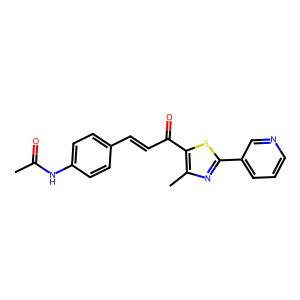
SMILES: CC(=O)Nc1ccc(C=CC(=O)c2sc(-c3cccnc3)nc2C)cc1
Inhibits HIV replication: No